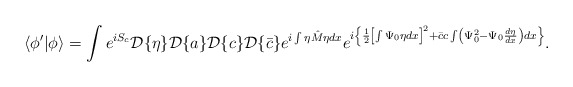
\begin{align*}\langle \phi' | \phi \rangle =\int e^{iS_c} {\cal D}\{\eta\}{\cal D}\{a\}{\cal D}\{c\}{\cal D}\{\bar{c}\}e^{i\int\eta\hat{M}\eta dx}e^{i\left\{\frac{1}{2}\left[\int\Psi_0\eta dx\right]^2 +\bar{c}c\int\left(\Psi_0^2-\Psi_0\frac{d\eta}{dx}\right)dx \right\} }.\end{align*}